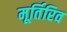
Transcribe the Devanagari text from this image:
मूर्तिरिव